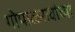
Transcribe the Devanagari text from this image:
गोपाळरावांच्या